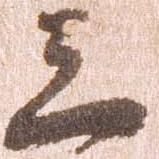
三